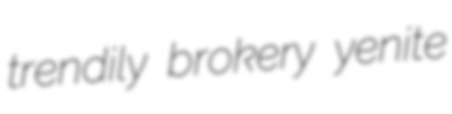
trendily brokery yenite